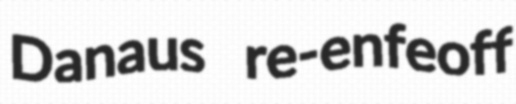
Danaus re-enfeoff